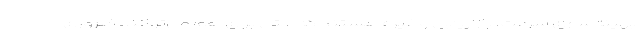
بهینه‌سازی سرعت، بازاریابی و غیره هستند که حتی برای هم می‌توانند ضروری